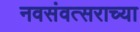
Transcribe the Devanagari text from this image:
नवसंवत्सराच्या